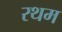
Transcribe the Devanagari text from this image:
रथम